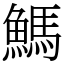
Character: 鰢